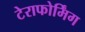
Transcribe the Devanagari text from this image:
टेराफोर्मिंग